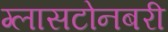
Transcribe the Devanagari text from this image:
ग्लासटोनबरी